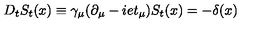
D _ { t } S _ { t } ( x ) \equiv \gamma _ { \mu } ( \partial _ { \mu } - i e t _ { \mu } ) S _ { t } ( x ) = - \delta ( x )